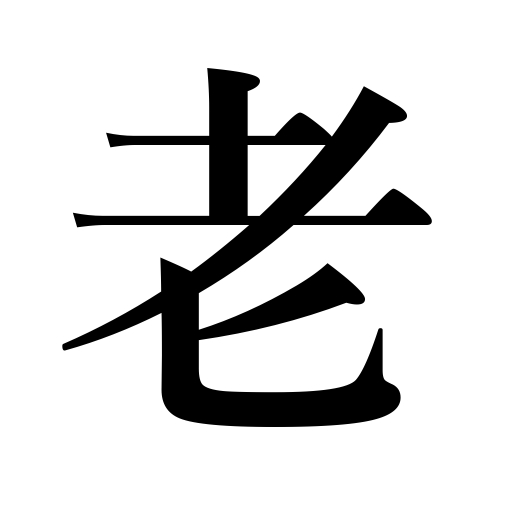
Meanings: grow old,aging,old age,old people